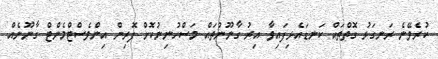
ކުރެވޭނެ ރަނގަޅު ގޮތްތައް ކަނޑައެޅިފައިވާ އިރު ގާނޫނުތައް މަސްހުނިނުކޮށް ފޮރިން އިންވެސްޓްމެންޓް ގާނޫނެއް